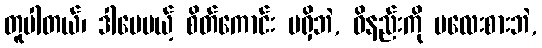
တူပါတယ်၊ ဒါပေမယ့် စိတ်ကောင်း မရှိဘဲ, ဝိနည်းကို မလေးစားဘဲ,